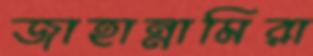
জাহান্নামিরা